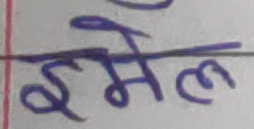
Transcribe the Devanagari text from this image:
ईमेल